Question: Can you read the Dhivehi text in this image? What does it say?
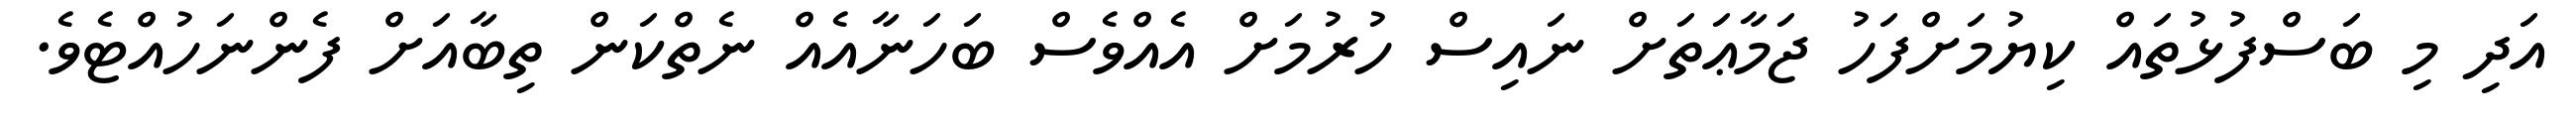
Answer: އަދި މި ބަސްފުޅުތައް ކިޔުމަށްފަހު ޖަމާޢަތަށް ނައިސް ހުރުމަށް އެއްވެސް ބަހަނާއެއް ނެތްކަން ތިބާއަށް ފެންނަހުއްޓެވެ.